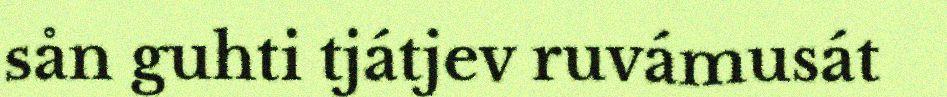
sån guhti tjátjev ruvámusát